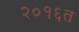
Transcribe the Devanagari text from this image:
२०१६त